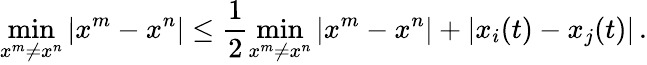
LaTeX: \operatorname*{min}_{x^{m}\neq x^{n}}|x^{m}-x^{n}|\leq\frac{1}{2}\operatorname*{min}_{x^{m}\neq x^{n}}|x^{m}-x^{n}|+|x_{i}(t)-x_{j}(t)|\, .